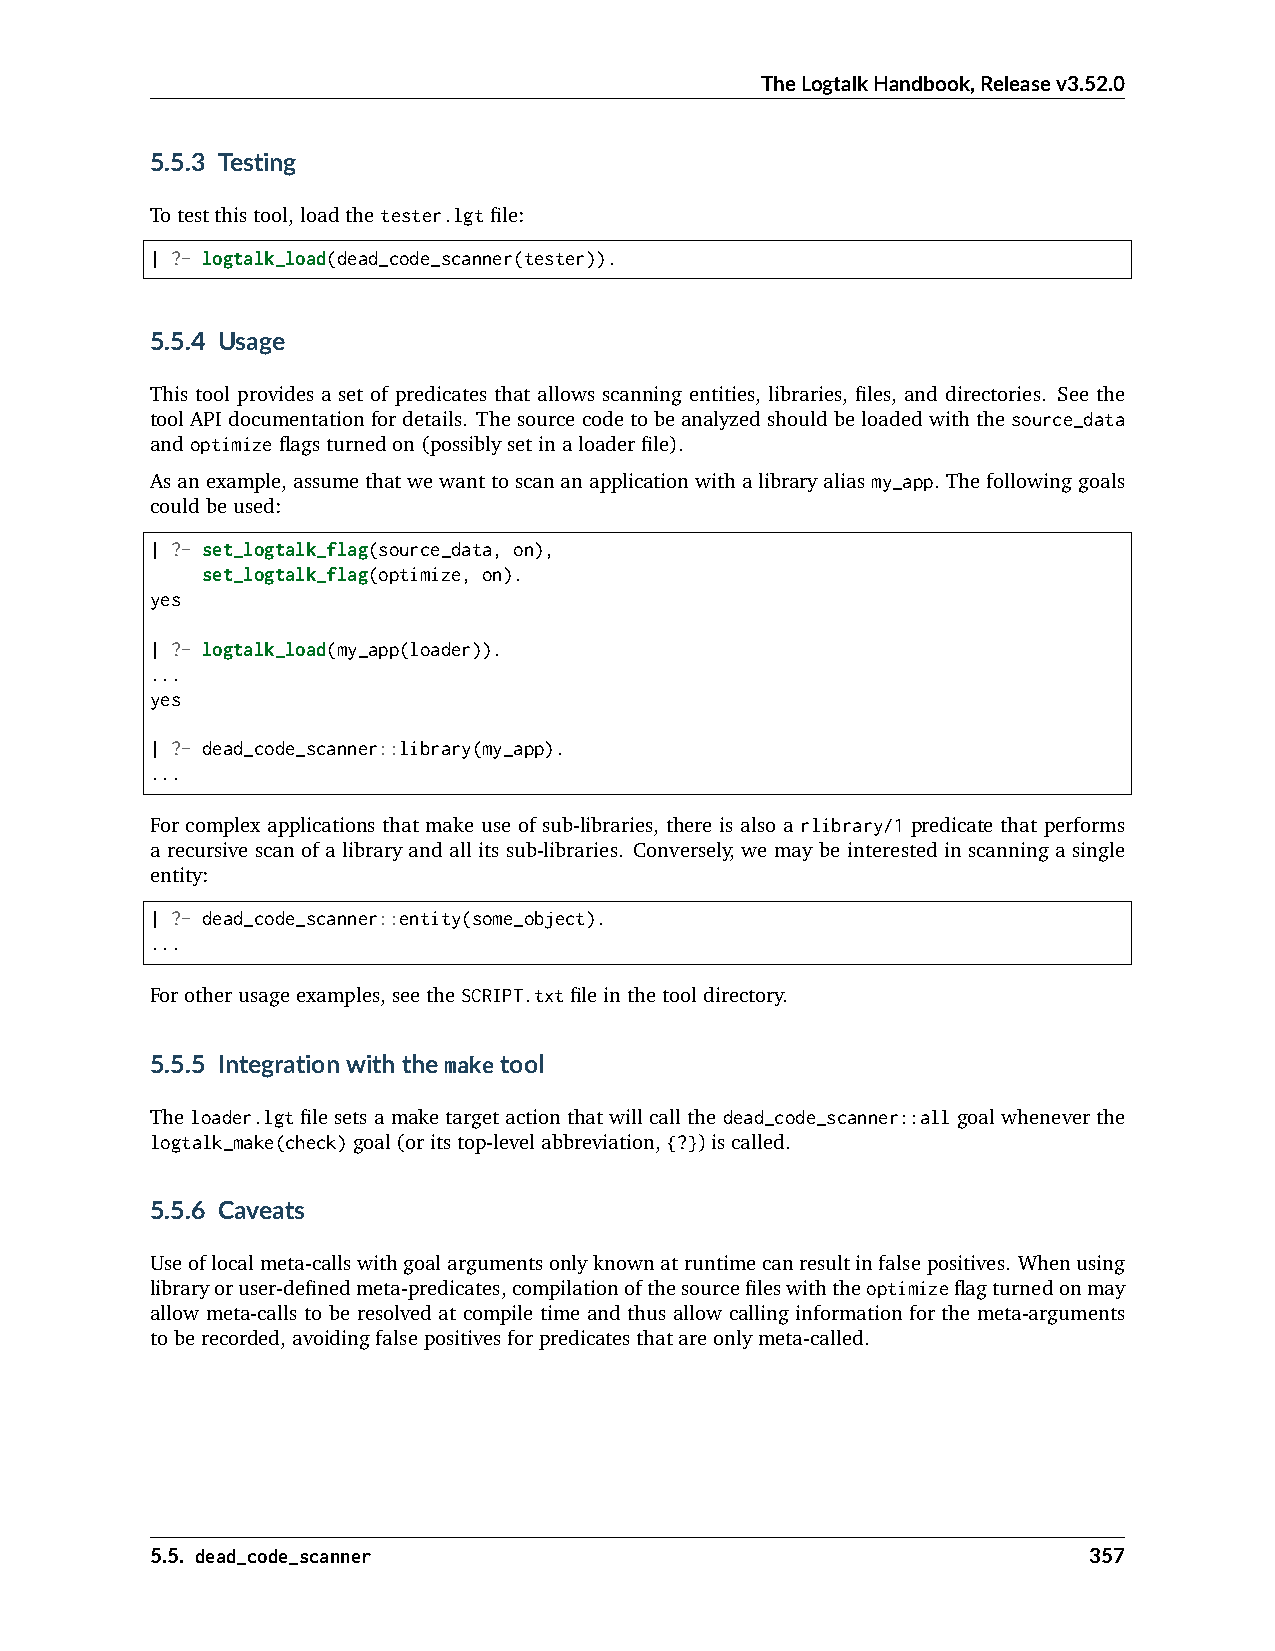
TheLogtalkHandbook,Releasev3.52.0
 5.5.3 Testing
 Totestthistool,loadthetester.lgtfile:
 | ?- logtalk_load(dead_code_scanner(tester)).
 5.5.4 Usage
 This tool provides a set of predicates that allows scanning entities, libraries, files, and directories. See the
 toolAPIdocumentationfordetails. Thesourcecodetobeanalyzedshouldbeloadedwiththesource_data
 andoptimizeflagsturnedon(possiblysetinaloaderfile).
 Asanexample,assumethatwewanttoscananapplicationwithalibraryaliasmy_app. Thefollowinggoals
 couldbeused:
 | ?- set_logtalk_flag(source_data, on),
 set_logtalk_flag(optimize, on).
 yes
 | ?- logtalk_load(my_app(loader)).
 ...
 yes
 | ?- dead_code_scanner::library(my_app).
 ...
 For complex applications that make use of sub-libraries, there is also a rlibrary/1 predicate that performs
 a recursive scan of a library and all its sub-libraries. Conversely, we may be interested in scanning a single
 entity:
 | ?- dead_code_scanner::entity(some_object).
 ...
 Forotherusageexamples,seetheSCRIPT.txtfileinthetooldirectory.
 5.5.5 Integrationwiththemaketool
 Theloader.lgtfilesetsamaketargetactionthatwillcallthedead_code_scanner::allgoalwheneverthe
 logtalk_make(check)goal(oritstop-levelabbreviation,{?})iscalled.
 5.5.6 Caveats
 Useoflocalmeta-callswithgoalargumentsonlyknownatruntimecanresultinfalsepositives. Whenusing
 libraryoruser-definedmeta-predicates,compilationofthesourcefileswiththeoptimizeflagturnedonmay
 allow meta-calls to be resolved at compile time and thus allow calling information for the meta-arguments
 toberecorded,avoidingfalsepositivesforpredicatesthatareonlymeta-called.
 5.5. dead_code_scanner                                        357